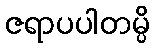
ဇရာပပါတမ္ပိ